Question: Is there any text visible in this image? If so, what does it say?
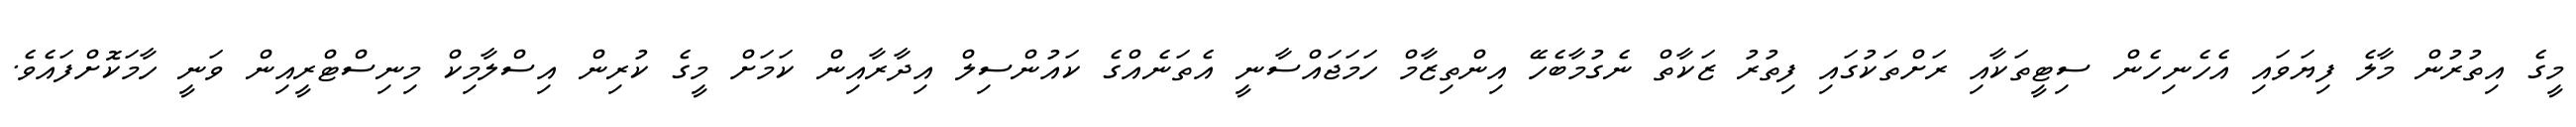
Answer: މީގެ އިތުރުން މާލެ ފިޔަވައި އެހެނިހެން ސިޓީތަކާއި ރަށްތަކުގައި ފިތުރު ޒަކާތް ނެގުމާބެހޭ އިންތިޒާމް ހަމަޖައްސާނީ އެތަނެއްގެ ކައުންސިލް އިދާރާއިން ކަމަށް މީގެ ކުރިން އިސްލާމިކް މިނިސްޓްރީއިން ވަނީ ހާމަކޮށްފައެވެ.